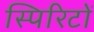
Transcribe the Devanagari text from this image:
स्पिरिटों